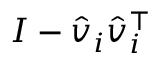
I - { \hat { v } } _ { i } { \hat { v } } _ { i } ^ { \top }